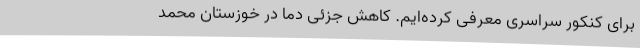
برای کنکور سراسری معرفی‌ کرده‌ایم. کاهش جزئی دما در خوزستان محمد